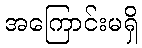
အကြောင်းမရှိ